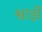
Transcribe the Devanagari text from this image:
श्वार्झे